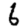
Digit: 6